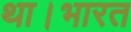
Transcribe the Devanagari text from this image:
था।भारत